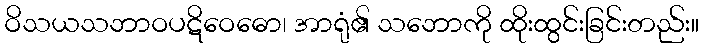
ဝိသယသဘာဝပဋိဝေဓော၊ အာရုံ၏ သဘောကို ထိုးထွင်းခြင်းတည်း။